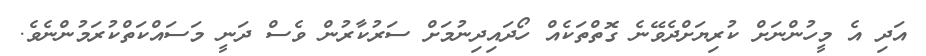
އަދި އެ މީހުންނަށް ކުރިޔަށްދެވޭނެ ގޮތްތަކެއް ހޯދައިދިނުމަށް ސަރުކާރުން ވެސް ދަނީ މަސައްކަތްކުރަމުންނެވެ.